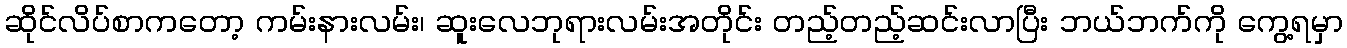
ဆိုင်လိပ်စာကတော့ ကမ်းနားလမ်း၊ ဆူးလေဘုရားလမ်းအတိုင်း တည့်တည့်ဆင်းလာပြီး ဘယ်ဘက်ကို ကွေ့ရမှာ